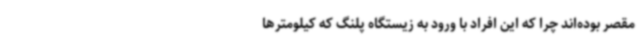
مقصر بوده‌اند چرا که این افراد با ورود به زیستگاه پلنگ که کیلومترها